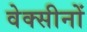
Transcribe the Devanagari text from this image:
वेक्सीनों